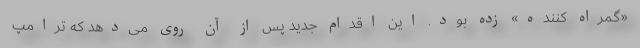
«گمراه کننده» زده بود. این اقدام جدید پس از آن روی می‌دهد که ترامپ